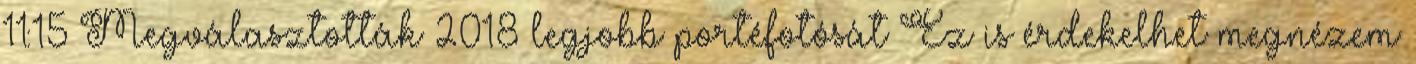
11:15 Megválasztották 2018 legjobb portéfotósát Ez is érdekelhet megnézem